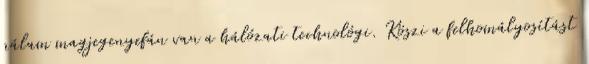
nálam magjegenyefán van a hálózati technológi. Köszi a felhomályosítást